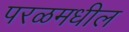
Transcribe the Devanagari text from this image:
परळमधील